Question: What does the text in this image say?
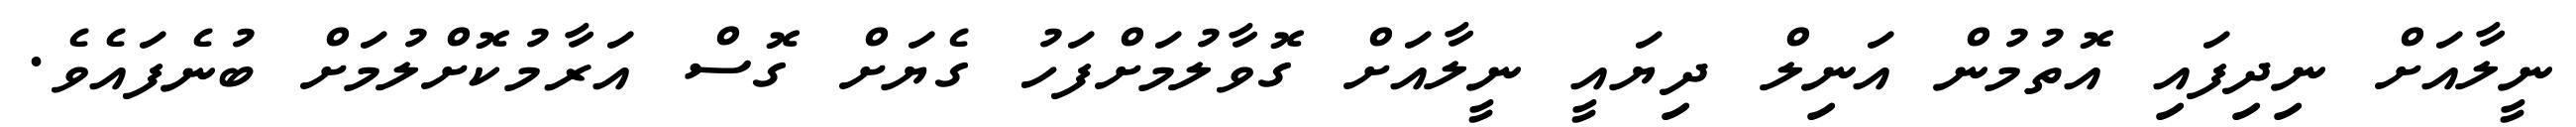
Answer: ނީލާއަށް ނިދިފައި އޮތުމުން އަނިލް ދިޔައީ ނީލާއަށް ގޮވާލުމަށްފަހު ގެޔަށް ގޮސް އަރާމުކޮށްލުމަށް ބުނެފައެވެ.